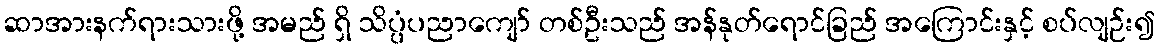
ဆာအားနက်ရားသားဖို့ အမည် ရှိ သိပ္ပံပညာကျော် တစ်ဦးသည် အန်နုတ်ရောင်ခြည် အကြောင်းနှင့် စပ်လျဉ်း၍